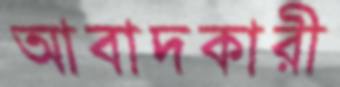
আবাদকারী